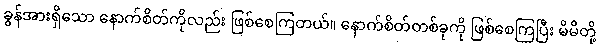
ခွန်အားရှိသော နောက်စိတ်ကိုလည်း ဖြစ်စေကြတယ်။ နောက်စိတ်တစ်ခုကို ဖြစ်စေကြပြီး မိမိတို့